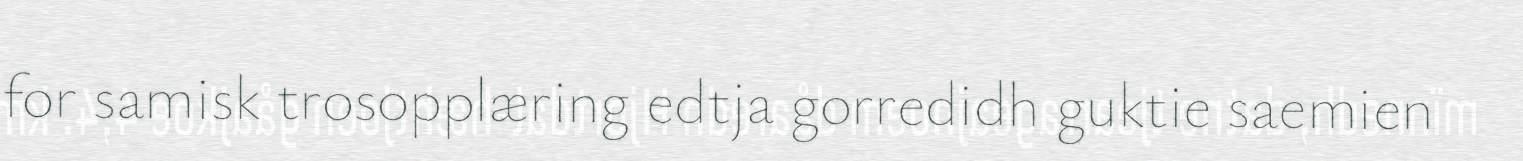
for samisk trosopplæring edtja gorredidh guktie saemien